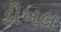
ડીખલ